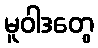
မူဝါဒတွေ